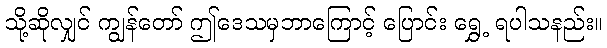
သို့ဆိုလျှင် ကျွန်တော် ဤဒေသမှဘာကြောင့် ပြောင်း ရွှေ့ ရပါသနည်း။